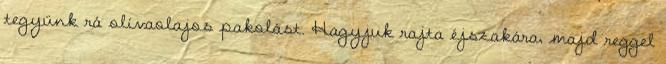
tegyünk rá olívaolajos pakolást. Hagyjuk rajta éjszakára, majd reggel